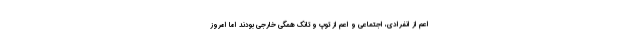
اعم از انفرادی، اجتماعی و اعم از توپ و تانک همگی خارجی بودند اما امروز